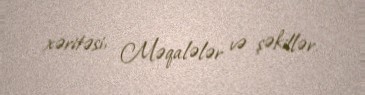
xəritəsi, Məqalələr və şəkillər.